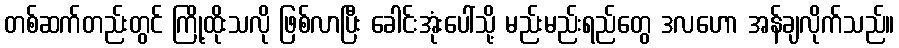
တစ်ဆက်တည်းတွင် ကြို့ထိုးသလို ဖြစ်လာပြီး ခေါင်းအုံးပေါ်သို့ မည်းမည်းရည်တွေ ဒလဟော အန်ချလိုက်သည်။